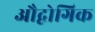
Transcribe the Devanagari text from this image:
औद्वोगिक